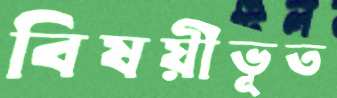
বিষয়ীভূত